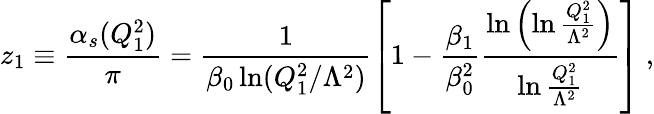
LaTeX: z_{1}\equiv\frac{{\alpha}_{s}(Q_{1}^{2})}{\pi}=\frac{1}{{\beta}_{0}\ln(Q_{1}^{2}/{\Lambda}^{2})}\left[1-\frac{{\beta}_{1}}{{\beta}_{0}^{2}}\frac{\ln\left(\ln\frac{Q_{1}^{2}}{{\Lambda}^{2}}\right)}{\ln\frac{Q_{1}^{2}}{{\Lambda}^{2}}}\right]\ ,